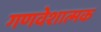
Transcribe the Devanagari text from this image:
गणवेशात्मक